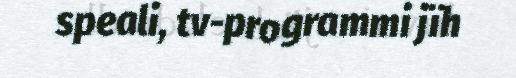
speali, tv-programmi jïh